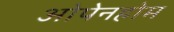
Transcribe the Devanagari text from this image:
ओपेनहोम